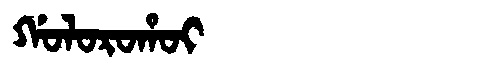
Manchu: ᡤᠣᠯᠣᡵᠣᡥᠣᡳ
Romanization: GOLOROHOI